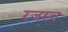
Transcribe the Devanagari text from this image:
रजस्व